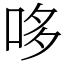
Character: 哆